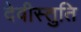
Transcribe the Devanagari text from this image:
देवीस्तुति